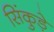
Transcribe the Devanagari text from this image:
सिंकुड़े